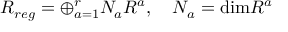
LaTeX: R _ { r e g } = \oplus _ { a = 1 } ^ { r } N _ { a } R ^ { a } , \quad N _ { a } = \mathrm { d i m } R ^ { a }